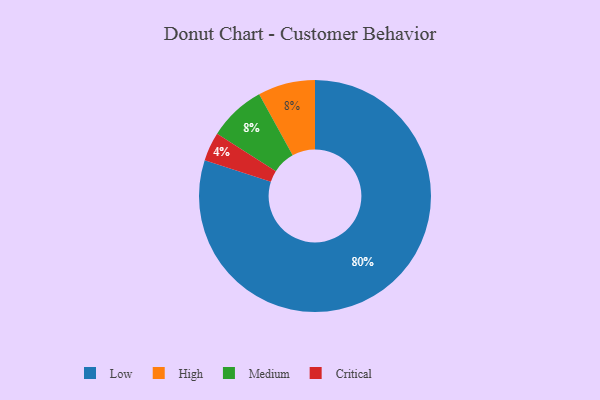
{"axis": {"x": "Category", "y": "Percentage"}, "legend": ["Critical", "High", "Low", "Medium"], "data": [{"x": "Low", "y": 80, "type": "Low"}, {"x": "Critical", "y": 4, "type": "Critical"}, {"x": "High", "y": 8, "type": "High"}, {"x": "Medium", "y": 8, "type": "Medium"}]}